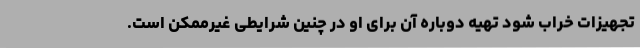
تجهیزات خراب شود تهیه دوباره آن برای او در چنین شرایطی غیرممکن است.